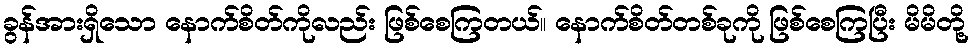
ခွန်အားရှိသော နောက်စိတ်ကိုလည်း ဖြစ်စေကြတယ်။ နောက်စိတ်တစ်ခုကို ဖြစ်စေကြပြီး မိမိတို့